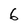
Character: 6